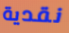
نقدية